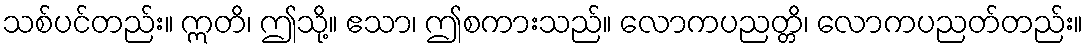
သစ်ပင်တည်း။ ဣတိ၊ ဤသို့။ ဧသာ၊ ဤစကားသည်။ လောကပညတ္တိ၊ လောကပညတ်တည်း။